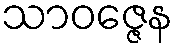
သာဝဇ္ဇေန